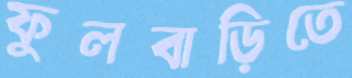
ফুলবাড়িতে